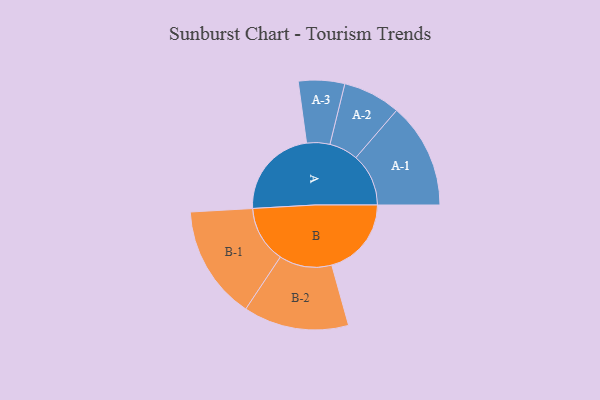
{"axis": {"x": "Segment", "y": "Value"}, "legend": ["", "A", "B"], "data": [{"x": "A", "y": 479, "type": ""}, {"x": "B", "y": 417, "type": ""}, {"x": "A-1", "y": 276, "type": "A"}, {"x": "A-2", "y": 151, "type": "A"}, {"x": "A-3", "y": 121, "type": "A"}, {"x": "B-1", "y": 298, "type": "B"}, {"x": "B-2", "y": 276, "type": "B"}]}